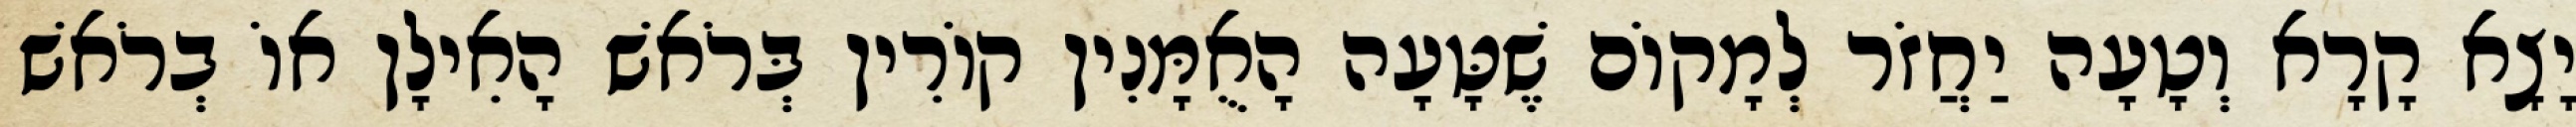
יָצָא קָרָא וְטָעָה יַחֲזֹר לְמָקוֹם שֶׁטָּעָה הָאֻמָּנִין קוֹרִין בְּרֹאשׁ הָאִילָן אוֹ בְרֹאשׁ